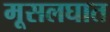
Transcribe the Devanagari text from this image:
मूसलघात